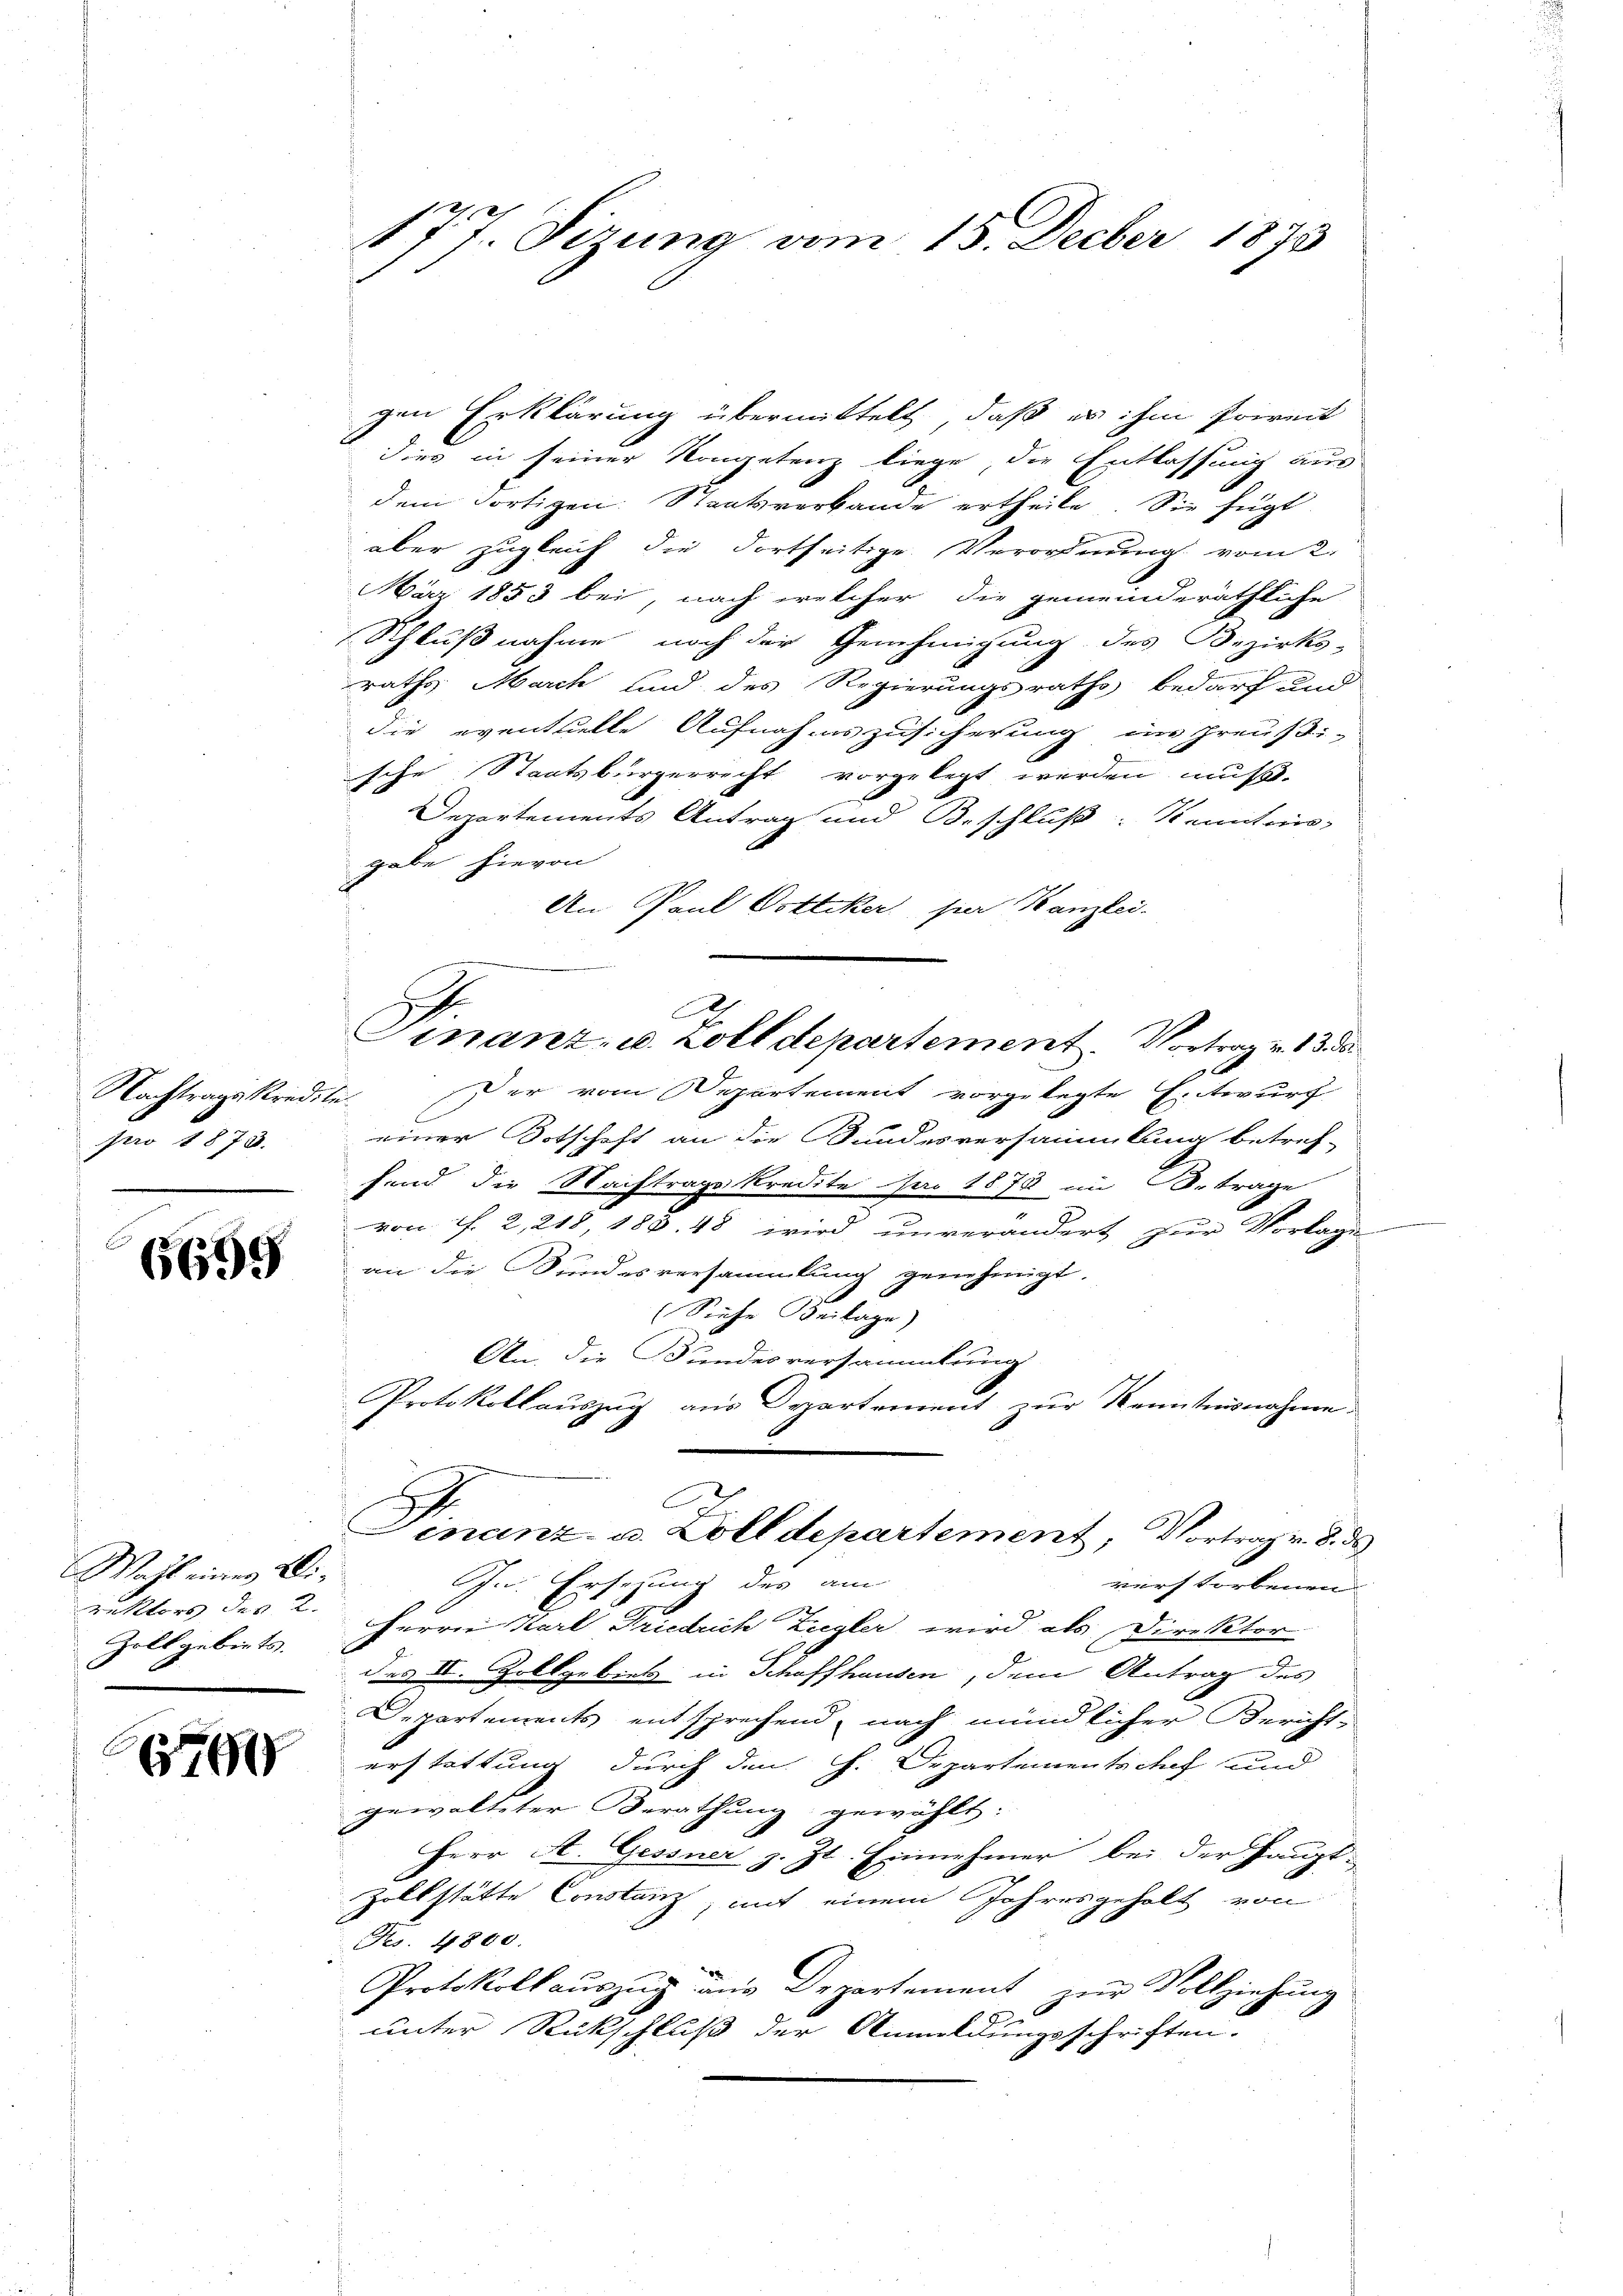
Nachtragskredites
pro 1873.

6659

Wahl eines Di¬
Zoll gebiets.

660

gen Erklärung übermittelt, daß es ihm soweit
dies in seiner Kongetenz liege, die Entlassung aus
dem Fortigen. Staatsverbande ertheile. Sie fügt
aber zugleich die dortseitige Verordnung vom 2.
Mär 1853 bei, nach welcher die gemeinderäthliche
Schlußnahme noch der Genehmigung des Bezirks-
raths March und des Regierungsraths bedarf und
die eventuelle Aufnahmszusicherung im Preussi-
sche Staatsbürgerrecht vorgelegt werden muß.
Departements Antrag und Beschluß: Kenntnis,
gabe hievon
An Paul Dottiker per Kanzlei.
Der vom Departement vorgelegte Entwurf
einer Botschaft an die Bundesversammlung betref-
fend die Wachtrage kredite par 1878 im Betrage
von f. 2, 218, 188. 48 wird unverändert zur Vorlage
an die Bundesversammlung genehmigt.
Suche Beilage)
An die Bundesversammlung
Protokollauszug aus Departement zur Kenntnisnahme.
o
Finanz- u. Zolldepartement, Vortrag v. 8. d.
In. Ersehung des am
wurstorbenen
rektors des 2. Herrn Karl Friedrich Ziegler wird als Direktor
des II. Zollgebiet in Schaffhausen, dem Antrag des
Departements entsprechend, nach mündlicher Bericht-
erstattung durch den H. Departementschaf und
gewalteter Berathung gewählt:
Herr A. Gessner z. Zt. Einnehmer bei der Haupt-
Zollstätte Constanz, mit einem Jahresgeholt von
Fr. 4800.
Protokollauszug aus Departement zur Vollziehung
E
unter Rückschluß der Anmeldungsschriften.

177. Sizung vom 15. Decber 1873

c
Finanz- u. Zolldepartement. Vortrag v. 13 de